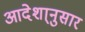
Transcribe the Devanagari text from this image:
आदेशा्नुसार